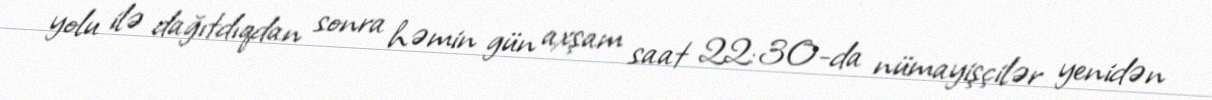
yolu ilə dağıtdıqdan sonra həmin gün axşam saat 22:30-da nümayişçilər yenidən